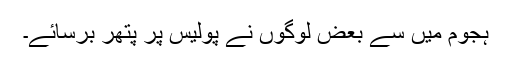
ہجوم میں سے بعض لوگوں نے پولیس پر پتھر برسائے۔